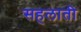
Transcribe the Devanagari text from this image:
सहलाती